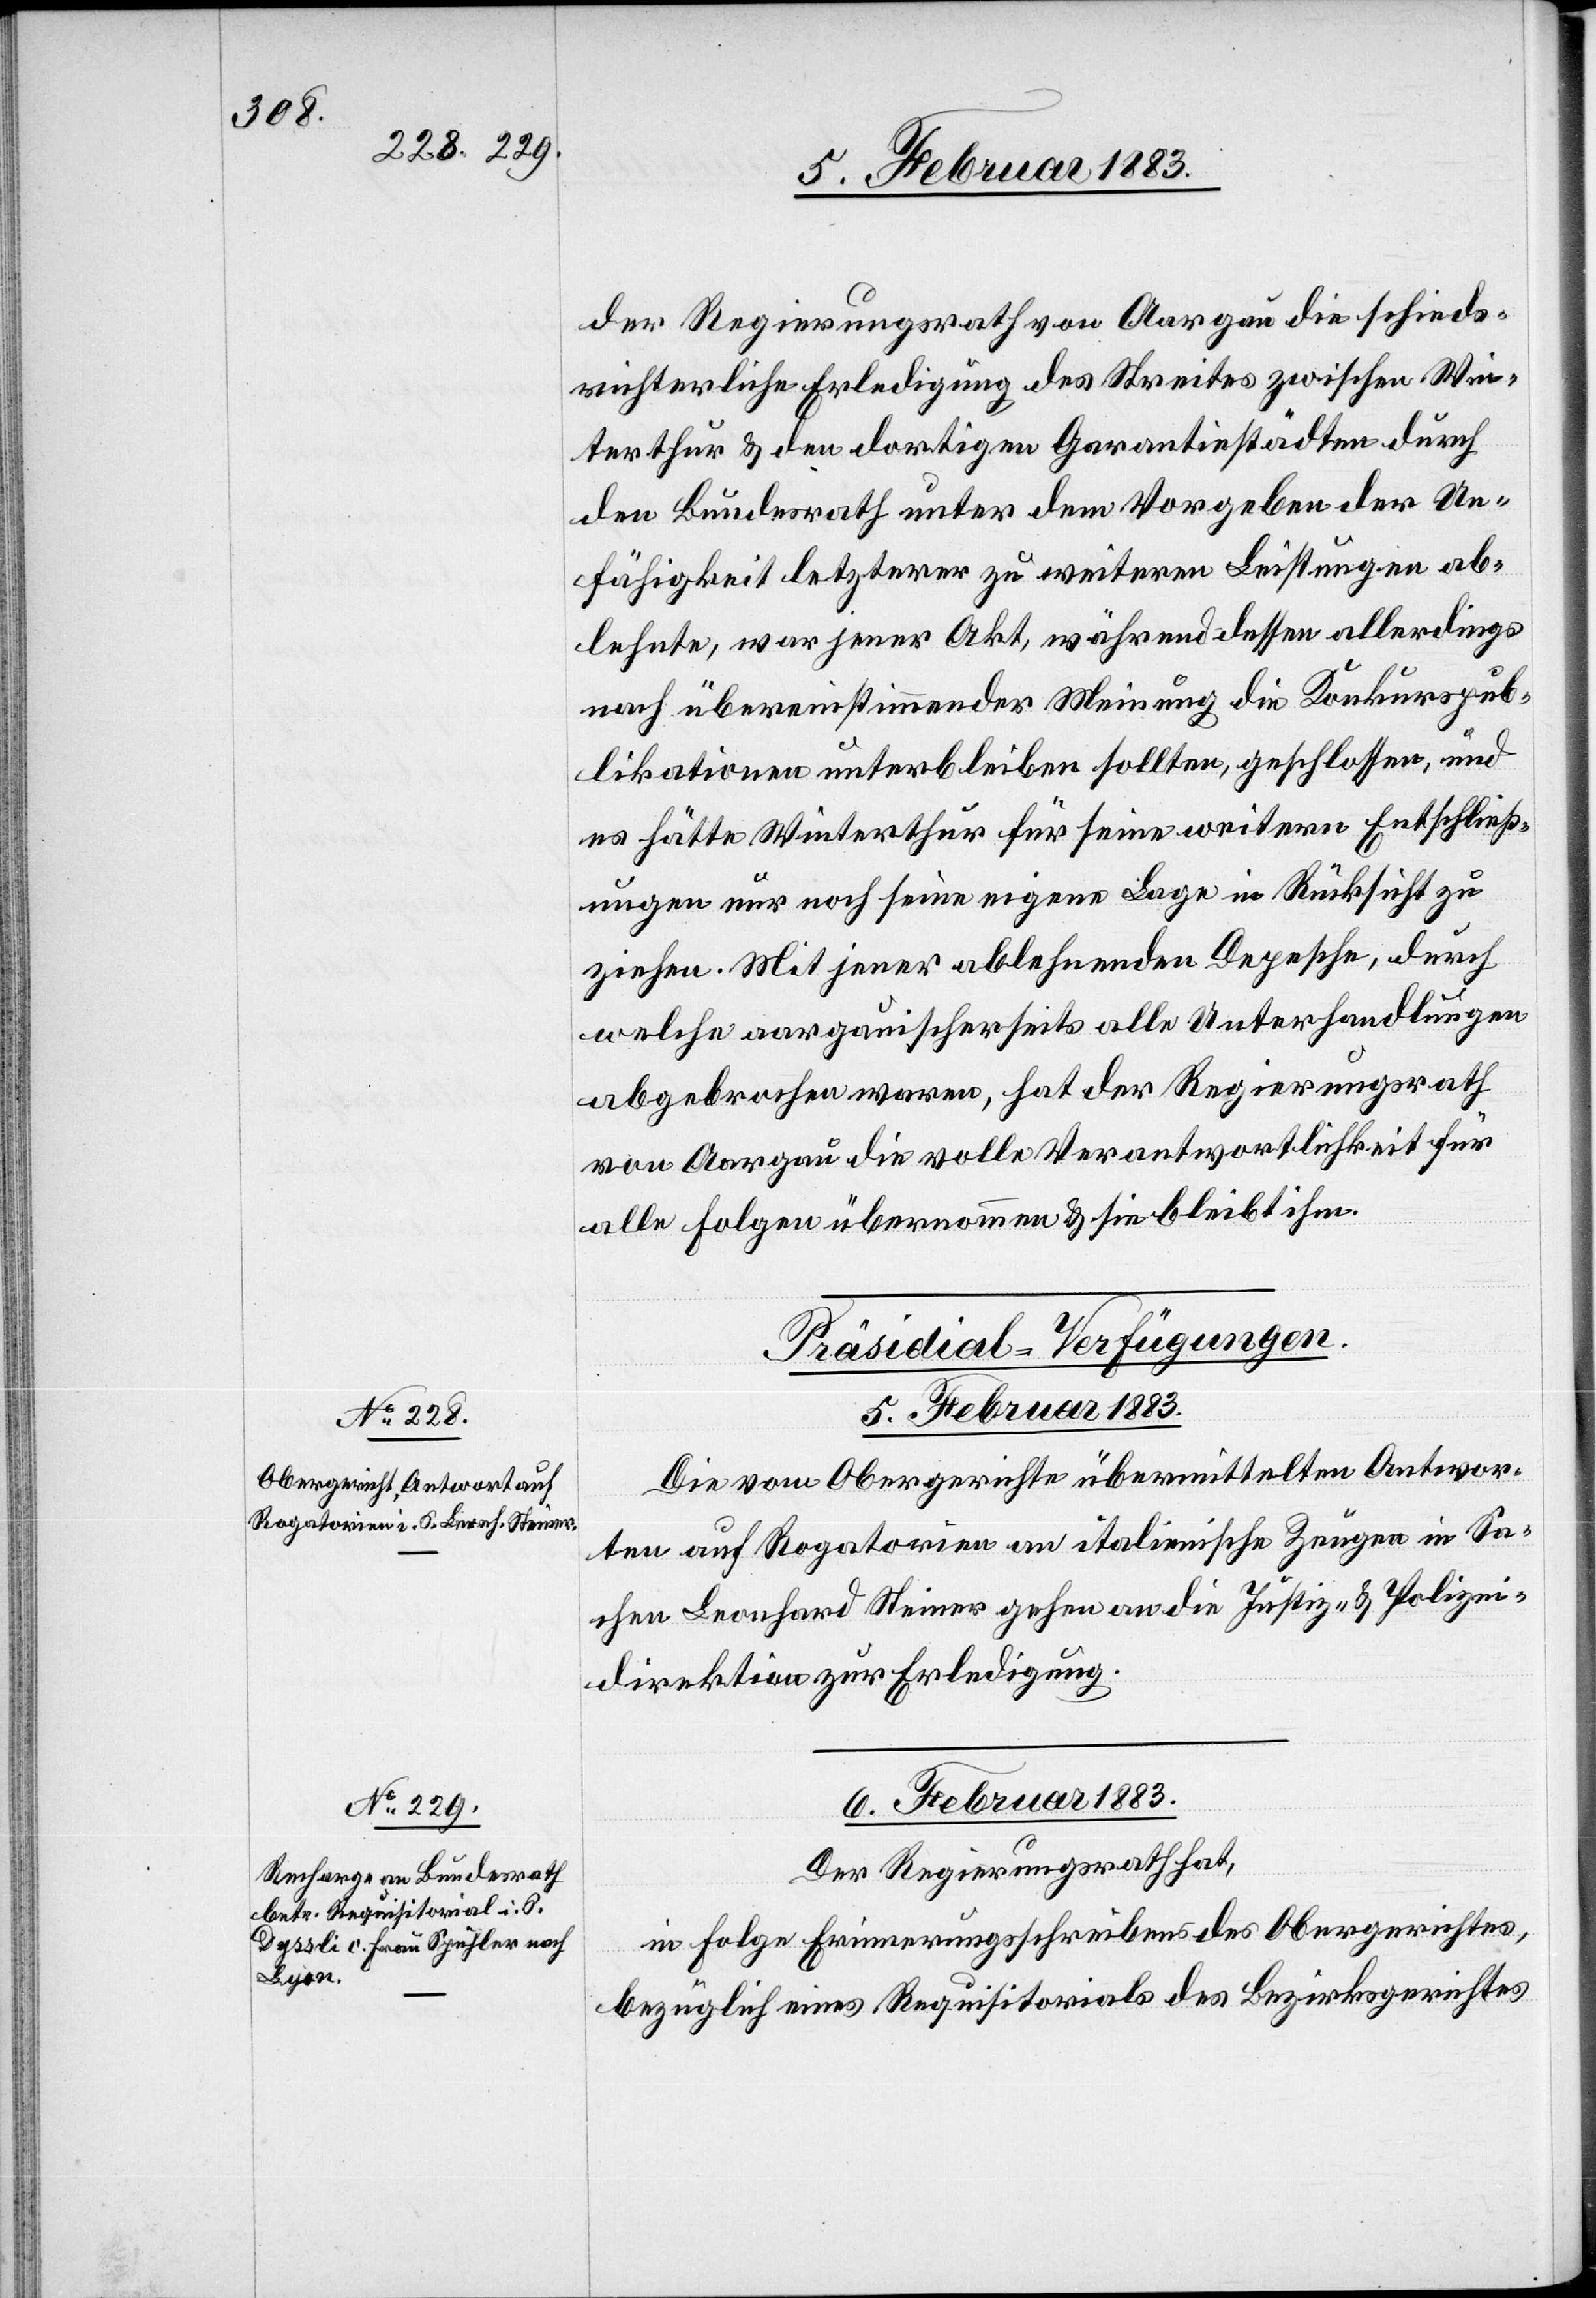
der Regierungsrath von Aargau die schieds¬
richterliche Entscheidung des Streites zwischen Win¬
terthur & den dortigen Garantiestädten durch
den Bundesrath unter dem Vorgeben der Un¬
fähigkeit letzterer zu weiteren Leistungen ab¬
lehnte, war jener Akt, währenddessen allerdings
nach übereinstimmender Meinung die Konkurspub¬
likationen unterbleiben sollten, geschlossen, und
es hätte Winterthur für seine weitern Entschließ¬
ungen nur noch seine eigene Lage in Rücksicht zu
ziehen. Mit jener ablehnenden Depesche, durch
welche aargauischerseits alle Unterhandlungen
abgebrochen waren, hat der Regierungsrath
von Aargau die volle Verantwortlichkeit für
alle Folgen übernommen & sie bleibt ihm.“
[Präsidial-Verfügungen.]
5. Februar 1883.
Die vom Obergerichte übermittelten Antwor¬
ten auf Rogatorien an italienische Zeugen in Sa¬
chen Leonhard Steiner gehen an die Justiz- & Polizei¬
direktion zur Erledigung.
6. Februar 1883.
Der Regierungsrath hat,
in Folge Erinnerungsschreibens des Obergerichtes,
bezüglich eines Requisitorials des Bezirksgerichtes